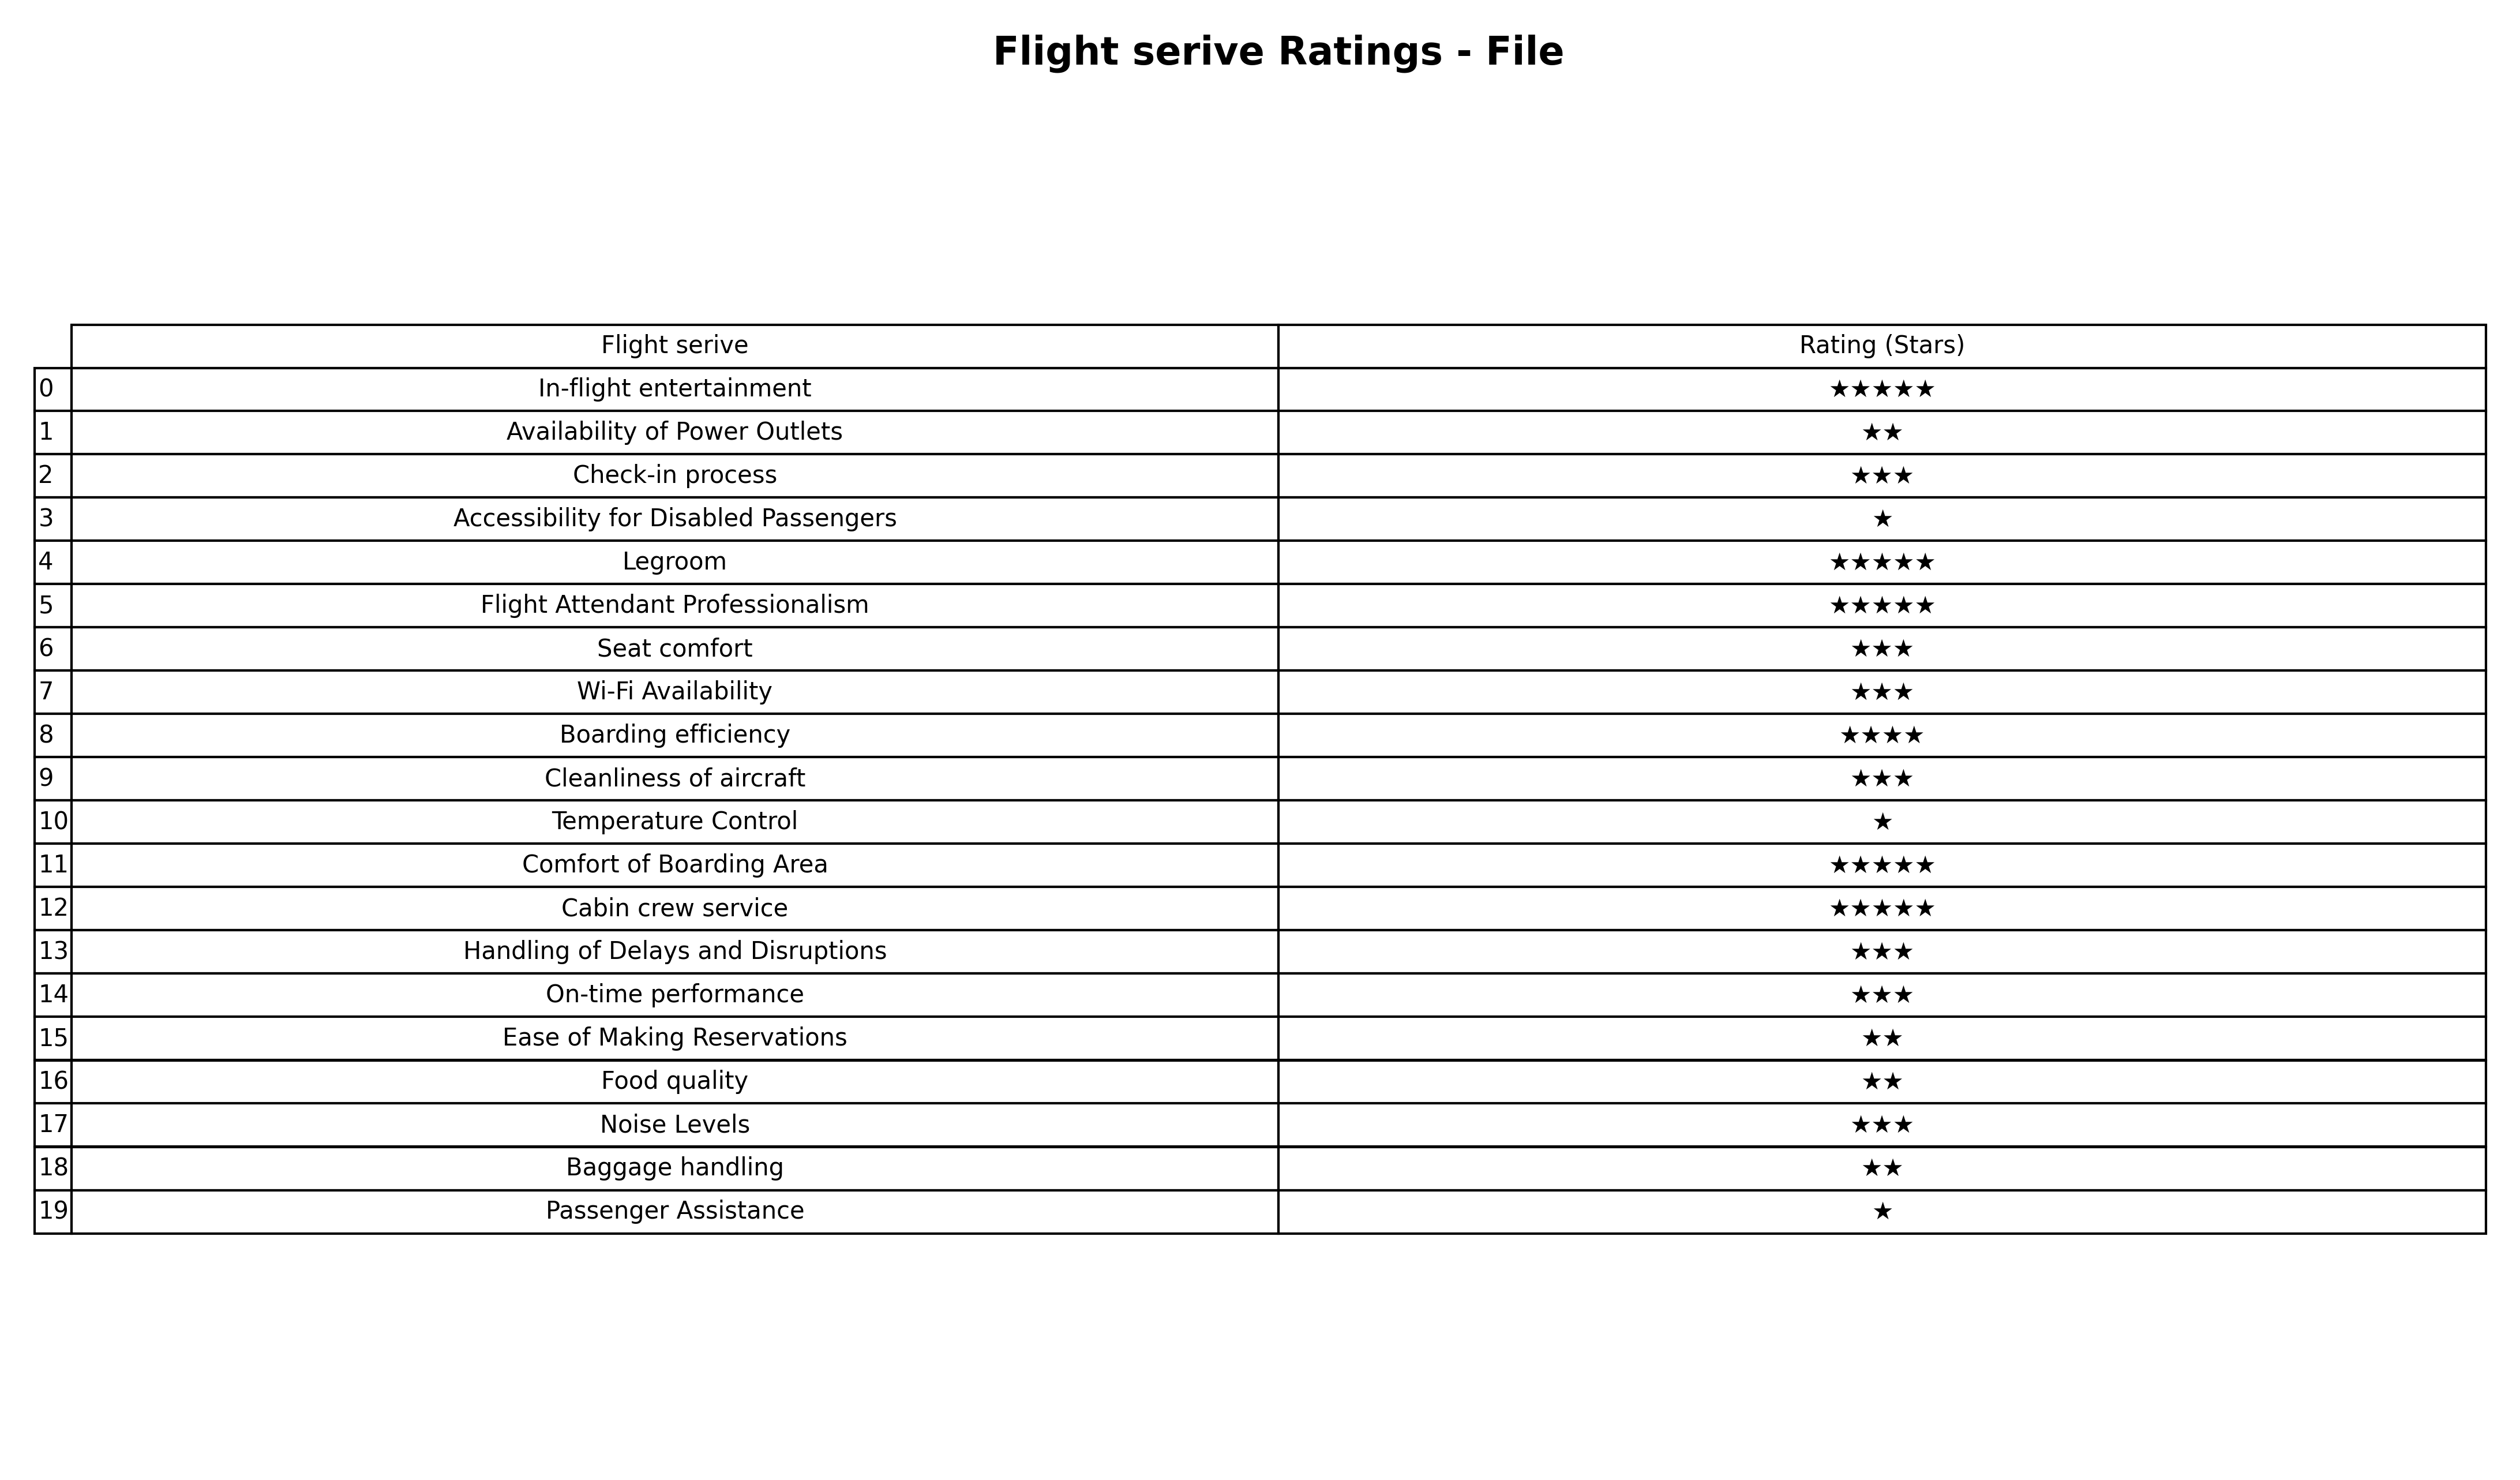
question: What are one star services?
answer: Accessibility for Disabled PassengersTemperature ControlPassenger Assistance